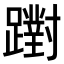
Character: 𨆷